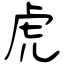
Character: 虎